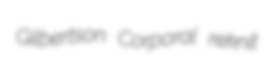
Gilbertson Corporal reknit